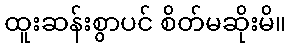
ထူးဆန်းစွာပင် စိတ်မဆိုးမိ။